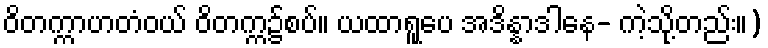
ဝိတက္ကာဟတံဝယ် ဝိတက္က၌စပ်။ ယထာရူပေ အဒိန္နာဒါနေ- ကဲ့သို့တည်း။)